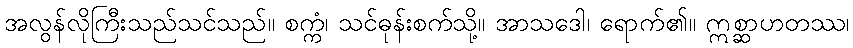
အလွန်လိုကြီးသည်သင်သည်။ စက္ကံ၊ သင်ဓုန်းစက်သို့။ အာသဒေါ၊ ရောက်၏။ ဣစ္ဆာဟတဿ၊